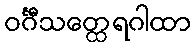
ဝင်္ဂီသတ္ထေရဂါထာ